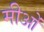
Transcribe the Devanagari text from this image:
मीओं